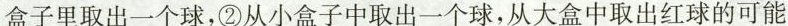
盒子里取出一个球，②从小盒子中取出一个球，从大盒中取出红球的可能